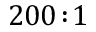
2 0 0 \! : \! 1